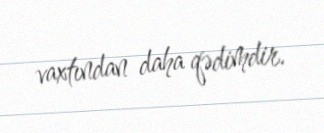
vaxtından daha qədimdir.